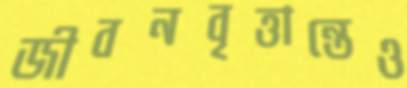
জীবনবৃত্তান্তেও